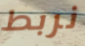
نربط